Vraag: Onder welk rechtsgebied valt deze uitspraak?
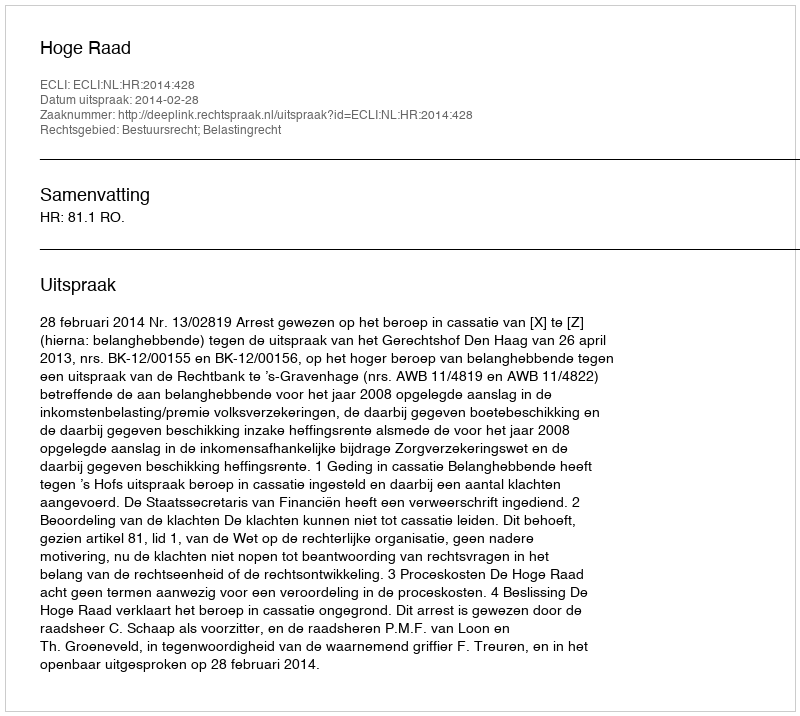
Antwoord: Bestuursrecht; Belastingrecht